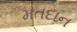
મતદાન